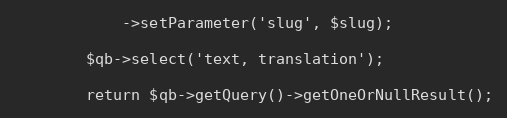
Language: PHP
            ->setParameter('slug', $slug);

        $qb->select('text, translation');

        return $qb->getQuery()->getOneOrNullResult();